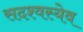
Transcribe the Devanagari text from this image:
सदश्वस्येव